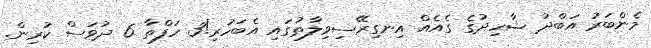
މެންބަރު އަބްދު ޝާހިދުގެ ގެއެއް އިނގިރޭސިވިލާތުގައި އެބަހުރި!3 ހަފްތާ 6 ދުވަސް ކުރިން.